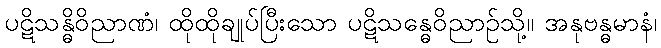
ပဋိသန္ဓိဝိညာဏံ၊ ထိုထိုချုပ်ပြီးသော ပဋိသန္ဓေဝိညာဉ်သို့။ အနုဗန္ဓမာနံ၊